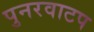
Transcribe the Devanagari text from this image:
पुनरवाटप